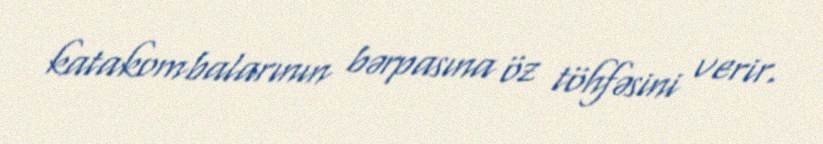
katakombalarının bərpasına öz töhfəsini verir.